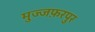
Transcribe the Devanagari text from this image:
मुज्जफ़रपुर